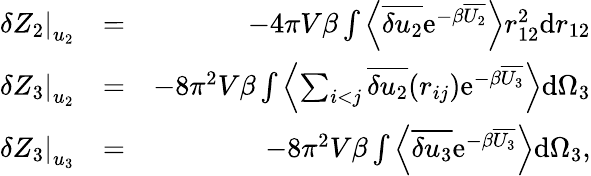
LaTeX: \begin{array}{rlr}{\left.\delta Z_{2}\right|_{u_{2}}}&{=}&{-4\pi V\beta\int\left\langle\overline{{\delta u_{2}}}\mathrm{e}^{-\beta\overline{{U_{2}}}}\right\rangle r_{12}^{2}\mathrm{d}r_{12}}\\ {\left.\delta Z_{3}\right|_{u_{2}}}&{=}&{-8\pi^{2}V\beta\int\left\langle\sum_{i<j}\overline{{\delta u_{2}}}(r_{ij})\mathrm{e}^{-\beta\overline{{U_{3}}}}\right\rangle\mathrm{d}\Omega_{3}}\\ {\left.\delta Z_{3}\right|_{u_{3}}}&{=}&{-8\pi^{2}V\beta\int\left\langle\overline{{\delta u_{3}}}\mathrm{e}^{-\beta\overline{{U_{3}}}}\right\rangle\mathrm{d}\Omega_{3},}\end{array}